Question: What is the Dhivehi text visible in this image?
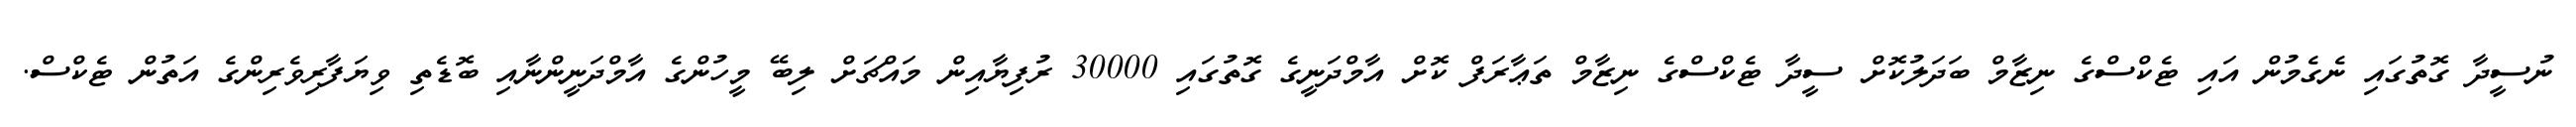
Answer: ނުސީދާ ގޮތުގައި ނެގެމުން އައި ޓެކްސްގެ ނިޒާމް ބަދަލުކޮށް ސީދާ ޓެކްސްގެ ނިޒާމް ތަޢާރަފް ކޮށް އާމްދަނީގެ ގޮތުގައި 30000 ރުފިޔާއިން މައްޗަށް ލިބޭ މީހުންގެ އާމްދަނީންނާއި ބޮޑެތި ވިޔަފާރިވެރިންގެ އަތުން ޓެކްސް.